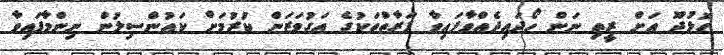
ހޮޅުދޫ އަށް ރީތި ނަން ހޯދައިދެއްވާފައިވާ ފަރާތްތަކުގެ އަގުވަޒަން ކުރުމަށް ކައުންސިލުން ނިންމާފައިވާ